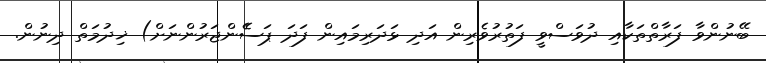
ބޭނުންވާ ފަރާތްތަކާއި ދުވަސްވީ ފަތުރުވެރިން އަދި ޅަދަރިމައިން ފަދަ ޕަސެެންޖަރުންނަށް) ޚިދުމަތް ދިނުން.